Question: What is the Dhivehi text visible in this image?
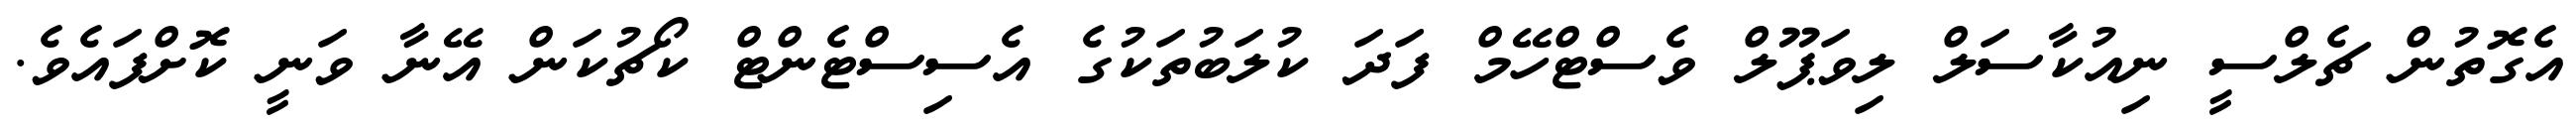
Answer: އެގޮތުން ޗެލްސީ ނިއުކާސަލް ލިވަޕޫލް ވެސްޓްހޭމް ފަދަ ކުލަބުތަކުގެ އެސިސްޓެންޓް ކޯޗުކަން އޭނާ ވަނީ ކޮށްފައެވެ.